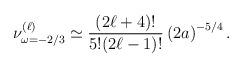
LaTeX: \begin{align*}\nu_{\omega=-2/3}^{(\ell)}\simeq\frac{(2\ell+4)!}{5!(2\ell-1)!}\left(2a\right)^{-5/4} .\end{align*}